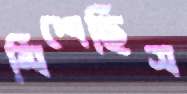
মিশেছিস